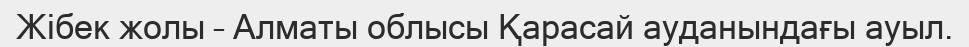
Жібек жолы – Алматы облысы Қарасай ауданындағы ауыл.